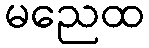
မညေထ